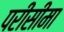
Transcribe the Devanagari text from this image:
परीसीमा